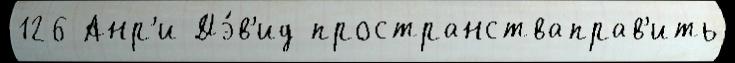
126 Анр'и Дэ́в'ид пространстваправ'ить